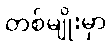
တစ်မျိုးမှာ